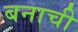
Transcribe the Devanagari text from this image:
बनाची